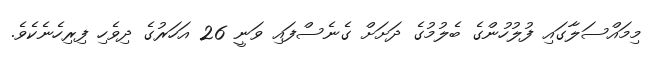
މިމައްސަލާގައި ފުލުހުންގެ ބެލުމުގެ ދަށަށް ގެނެސްފައި ވަނީ 26 އަހަރުގެ ދިވެހި ފިރިހެނެކެވެ.